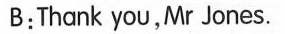
B:Thank you,Mr Jones.